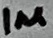
Text: 1µ